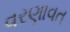
વરણાવત